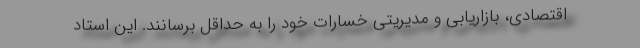
اقتصادی، بازاریابی و مدیریتی خسارات خود را به حداقل برسانند. این استاد